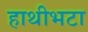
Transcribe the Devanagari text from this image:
हाथीभटा